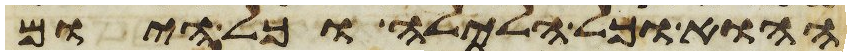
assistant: ההוא וכל הלילה וכל היום